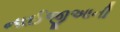
નાઈજીઆની